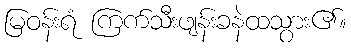
မြဝန်းရံ ကြက်သီးဖျန်းခနဲထသွား၏။